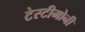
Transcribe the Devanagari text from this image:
टेस्टीमोनी